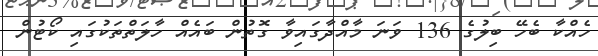
ހެއްކާ ބެހޭ ބިލުގެ 136 ވަނަ މާއްދާގައިވާ ގޮތުން ބައެއް ހާލަތްތަކުގައި ކޯޓުން